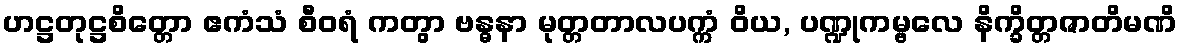
ဟဋ္ဌတုဋ္ဌစိတ္တော ဧကံသံ စီဝရံ ကတွာ ဗန္ဓနာ မုတ္တတာလပက္ကံ ဝိယ, ပဏ္ဍုကမ္ဗလေ နိက္ခိတ္တဇာတိမဏိ